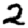
Digit: 2